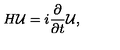
H { \cal U } = i { \frac { \partial } { \partial t } } { \cal U } ,